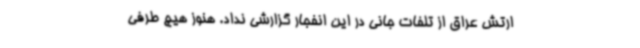
ارتش عراق از تلفات جانی در این انفجار گزارشی نداد. هنوز هیچ طرفی